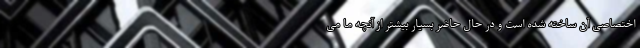
اختصاصی آن ساخته شده است و در حال حاضر بسیار بیشتر از آنچه ما می‌